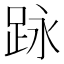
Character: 𮛕